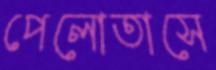
পেলোতাসে